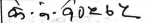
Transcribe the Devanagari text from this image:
के.के.१०२७